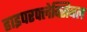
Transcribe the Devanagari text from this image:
हाइपरफ्लेक्सिबल